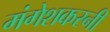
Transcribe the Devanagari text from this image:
मंगेशकरनी